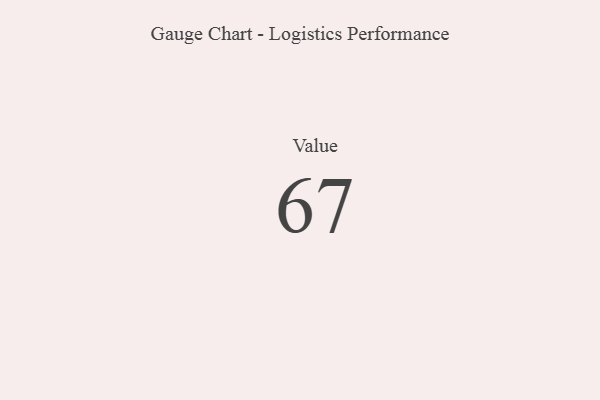
{"axis": {"x": "Metric", "y": "Value"}, "legend": [""], "data": [{"x": "Value", "y": 67, "type": ""}]}